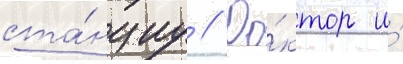
ста́нциу // До́ктор и́